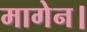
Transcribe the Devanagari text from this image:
मागेन।